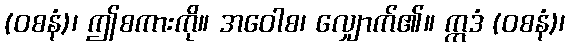
(ဝစနံ)၊ ဤစကားကို။ အဝေါစ၊ လျှောက်၏။ ဣဒံ (ဝစနံ)၊